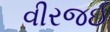
વીરજઈ